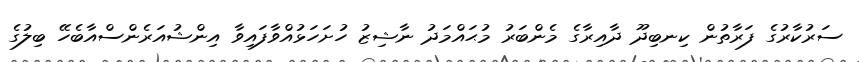
ސަރުކާރުގެ ފަރާތުން ކިނބިދޫ ދާއިރާގެ މެންބަރު މުޙައްމަދު ނާޝިޒު ހުށަހަޅުއްވާފައިވާ އިންޝުއަރެންސްއާބެހޭ ބިލުގެ